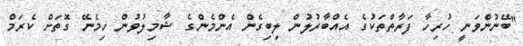
"ބޭނުންވަނީ ހުރިހާ ފަރާތްތަކުގެ އެއްބާރުލުން ލިބިގެން އެންމެންގެ ޝާމިލުވުން ހިމެނޭ ގޮތަށް ކެރަމް